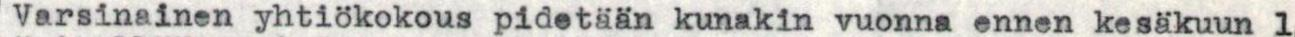
Varsinainen yhtiökokous pidetään kunakin vuonna ennen kesäkuun 1